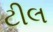
ટીલ